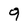
Character: 9